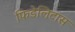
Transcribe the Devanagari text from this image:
फिडेलिटास